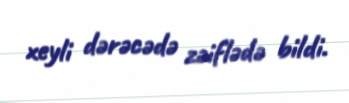
xeyli dərəcədə zəiflədə bildi.